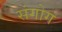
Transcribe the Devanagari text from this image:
संगोग